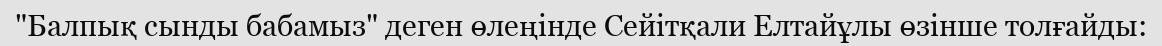
"Балпық сынды бабамыз" деген өлеңінде Сейітқали Елтайұлы өзінше толғайды: